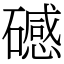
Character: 䃭